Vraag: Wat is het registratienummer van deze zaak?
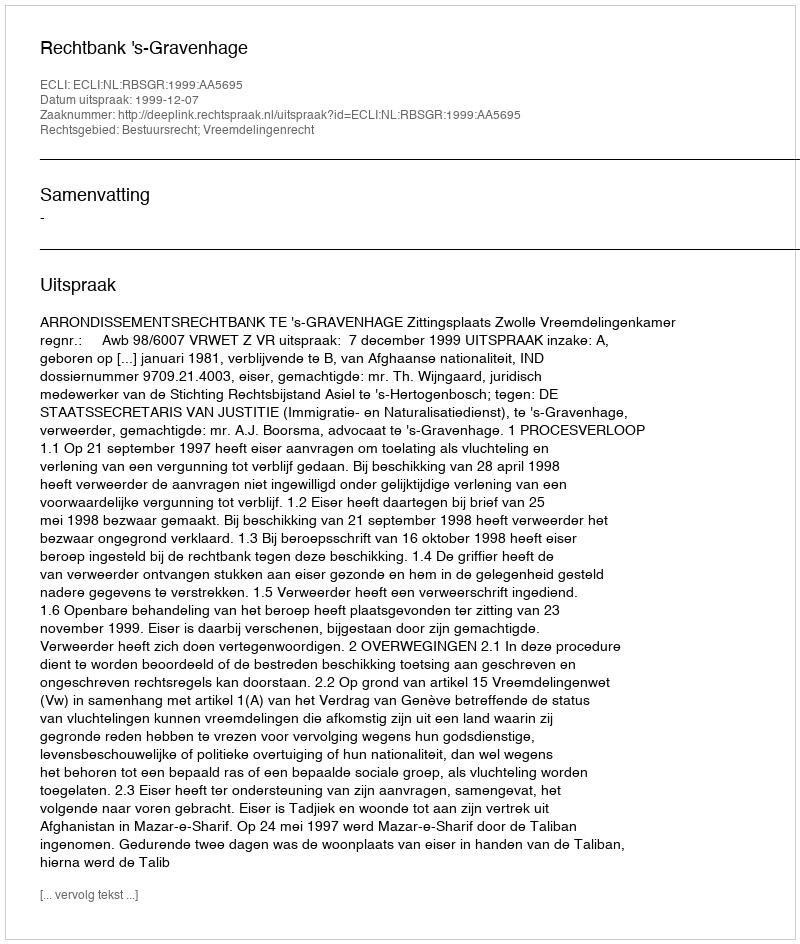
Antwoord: http://deeplink.rechtspraak.nl/uitspraak?id=ECLI:NL:RBSGR:1999:AA5695